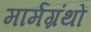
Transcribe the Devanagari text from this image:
मार्मग्रंथों